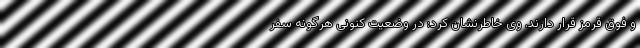
و فوق قرمز قرار دارند. وی خاطرنشان کرد: در وضعیت کنونی هرگونه سفر